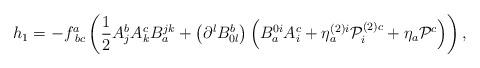
LaTeX: \begin{align*}h_{1}=-f_{\;bc}^{a}\left( \frac{1}{2}A_{j}^{b}A_{k}^{c}B_{a}^{jk}+\left(\partial ^{l}B_{0l}^{b}\right) \left( B_{a}^{0i}A_{i}^{c}+\eta _{a}^{\left(2\right) i}{\cal P}_{i}^{\left( 2\right) c}+\eta _{a}{\cal P}^{c}\right)\right) , \end{align*}